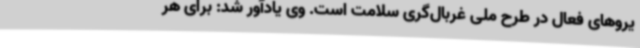
یروهای فعال در طرح ملی غربال‌گری سلامت است. وی یادآور شد: برای هر